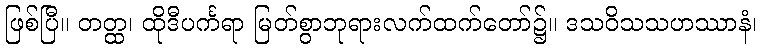
ဖြစ်ပြီ။ တတ္ထ၊ ထိုဒီပင်္ကရာ မြတ်စွာဘုရားလက်ထက်တော်၌။ ဒသဝိသသဟဿာနံ၊